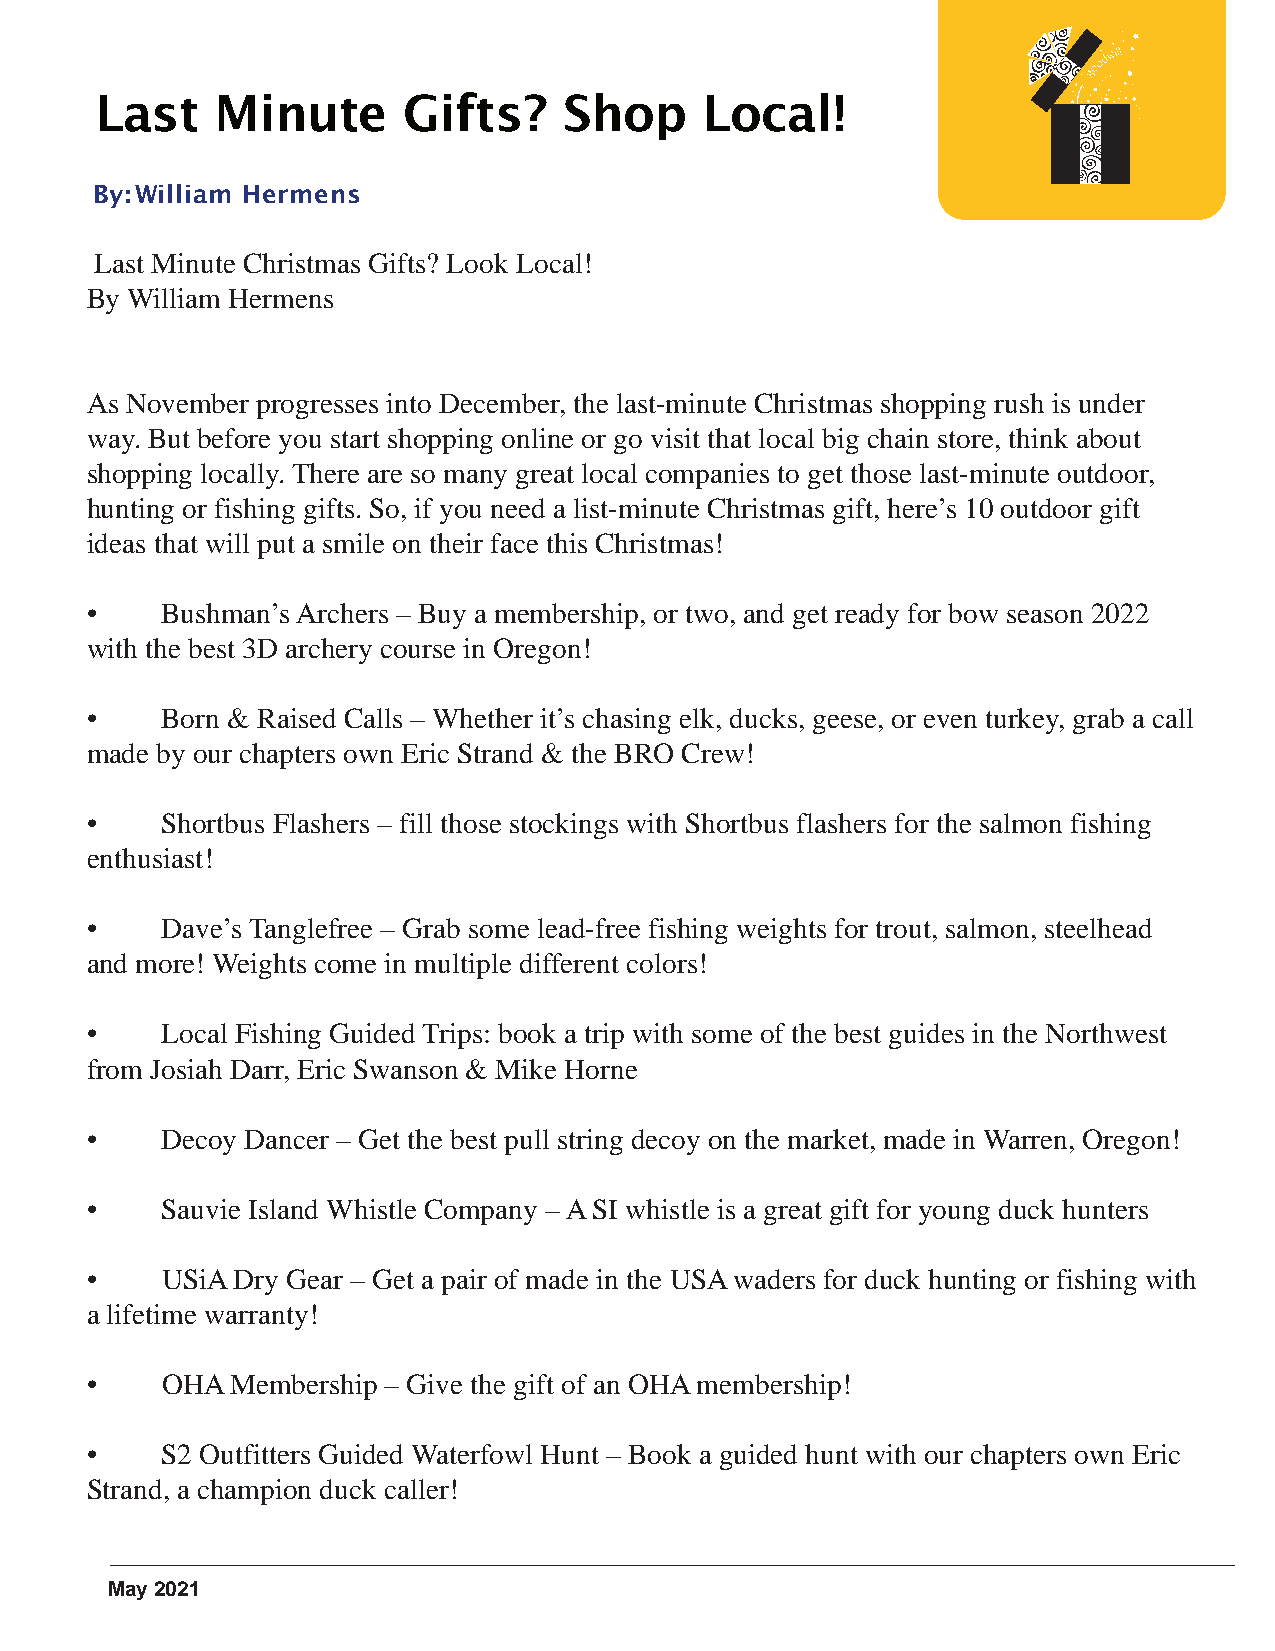
Last    Minute       Gifts?    Shop      Local!
 By:William Hermens
 Last Minute Christmas Gifts? Look Local!
 By William Hermens
 As November progresses into December, the last-minute Christmas shopping rush is under
 way. But before you start shopping online or go visit that local big chain store, think about
 shopping locally. There are so many great local companies to get those last-minute outdoor,
 hunting or fishing gifts. So, if you need a list-minute Christmas gift, here’s 10 outdoor gift
 ideas that will put a smile on their face this Christmas!
 •    Bushman’s Archers – Buy a membership, or two, and get ready for bow season 2022
 with the best 3D archery course in Oregon!
 •    Born & Raised Calls – Whether it’s chasing elk, ducks, geese, or even turkey, grab a call
 made by our chapters own Eric Strand & the BRO Crew!
 •    Shortbus Flashers – fill those stockings with Shortbus flashers for the salmon fishing
 enthusiast!
 •    Dave’s Tanglefree – Grab some lead-free fishing weights for trout, salmon, steelhead
 and more! Weights come in multiple different colors!
 •    Local Fishing Guided Trips: book a trip with some of the best guides in the Northwest
 from Josiah Darr, Eric Swanson & Mike Horne
 •    Decoy Dancer – Get the best pull string decoy on the market, made in Warren, Oregon!
 •    Sauvie Island Whistle Company – A SI whistle is a great gift for young duck hunters
 •    USiA Dry Gear – Get a pair of made in the USA waders for duck hunting or fishing with
 a lifetime warranty!
 •    OHA Membership – Give the gift of an OHA membership!
 •    S2 Outfitters Guided Waterfowl Hunt – Book a guided hunt with our chapters own Eric
 Strand, a champion duck caller!
 May 2021